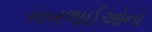
નબળાઈઓનો